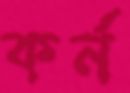
কর্ন